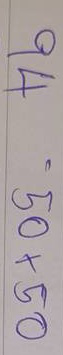
94 = 50x50